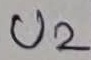
Text: U2